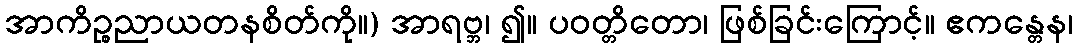
အာကိဉ္စညာယတနစိတ်ကို။) အာရဗ္ဘ၊ ၍။ ပဝတ္တိတော၊ ဖြစ်ခြင်းကြောင့်။ ဧကန္တေန၊